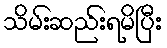
သိမ်းဆည်းရမိပြီး